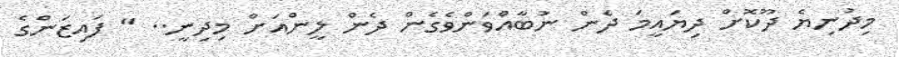
މިދުނިޔެ ދޫކޮށް ދިޔައީމަ ދެން ނުބާއްވަންވެގެން ދެން ލީންއަށް މިދިނީ.. " ފައިޒަންގެ